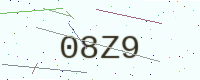
Text: 08Z9